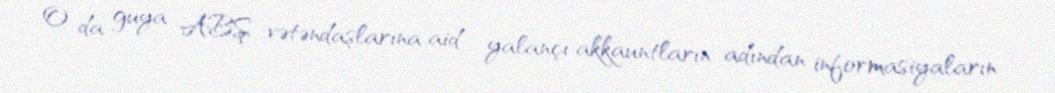
O da guya ABŞ vətəndaşlarına aid yalançı akkauntların adından informasiyaların